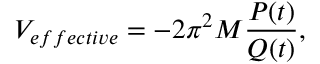
V _ { e f f e c t i v e } = - 2 \pi ^ { 2 } M \frac { P ( t ) } { Q ( t ) } ,